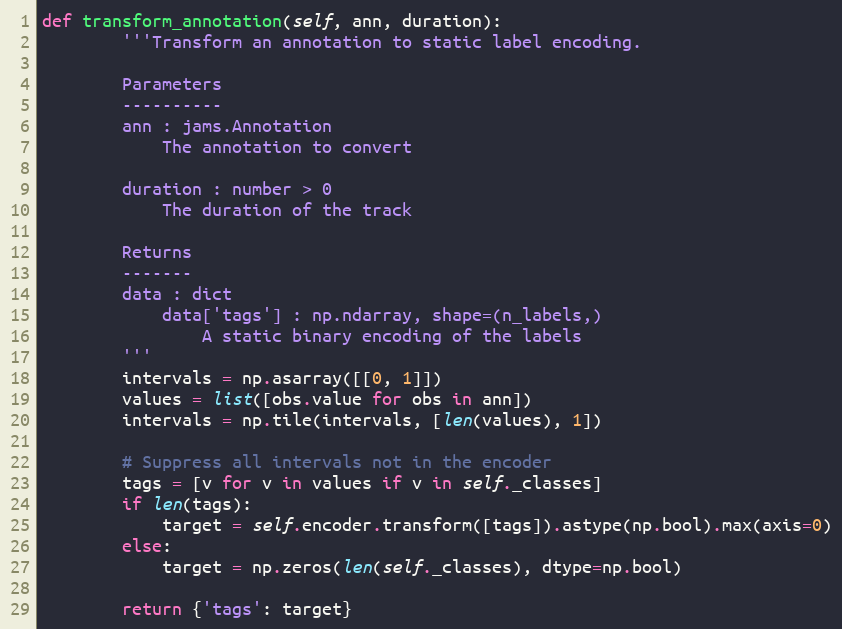
Language: Python
def transform_annotation(self, ann, duration):
        '''Transform an annotation to static label encoding.

        Parameters
        ----------
        ann : jams.Annotation
            The annotation to convert

        duration : number > 0
            The duration of the track

        Returns
        -------
        data : dict
            data['tags'] : np.ndarray, shape=(n_labels,)
                A static binary encoding of the labels
        '''
        intervals = np.asarray([[0, 1]])
        values = list([obs.value for obs in ann])
        intervals = np.tile(intervals, [len(values), 1])

        # Suppress all intervals not in the encoder
        tags = [v for v in values if v in self._classes]
        if len(tags):
            target = self.encoder.transform([tags]).astype(np.bool).max(axis=0)
        else:
            target = np.zeros(len(self._classes), dtype=np.bool)

        return {'tags': target}